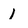
Character: l